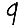
Digit: 9